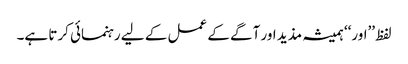
لفظ ’’اور‘‘ ہمیشہ مذید اور آگے کے عمل کے لیے رہنمائی کرتا ہے۔